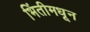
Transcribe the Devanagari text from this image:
भिंतीमधून